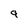
Character: 9